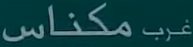
مكناس غرب